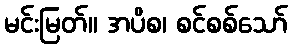
မင်းမြတ်။ အပိစ၊ စင်စစ်သော်